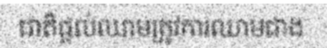
ជាតិផ្តល់ឈាមត្រូវការឈាមជាង